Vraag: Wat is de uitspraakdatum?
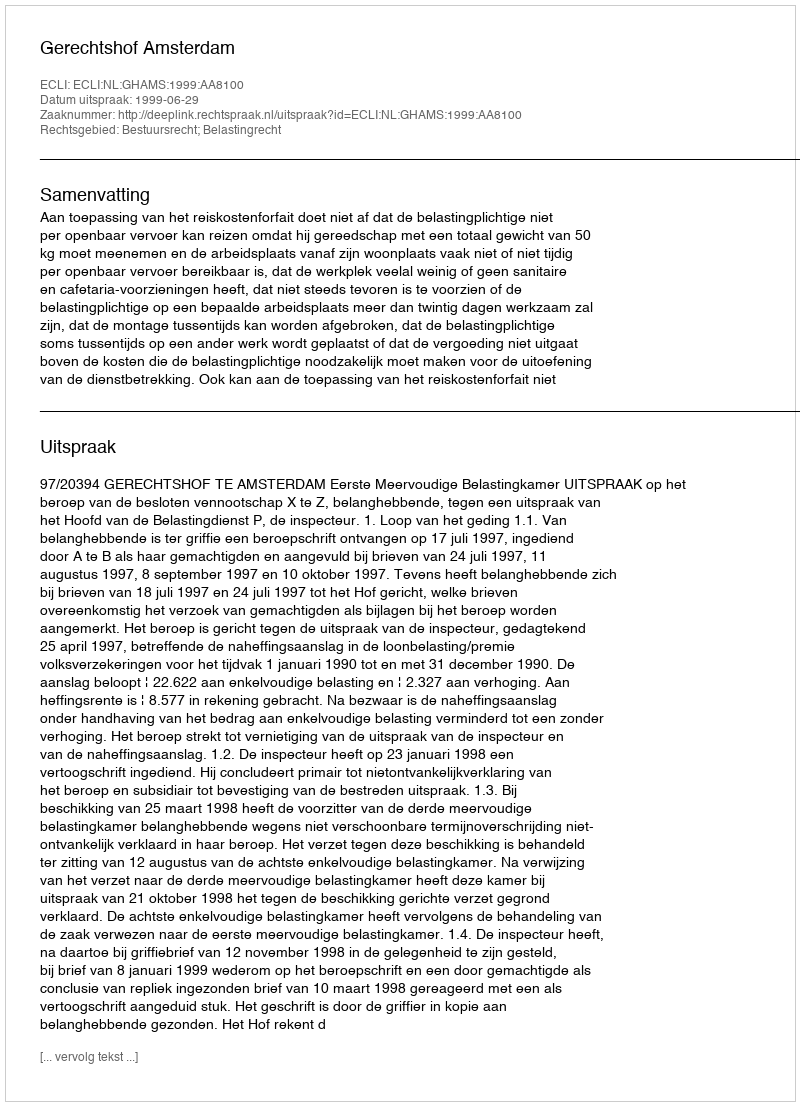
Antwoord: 1999-06-29